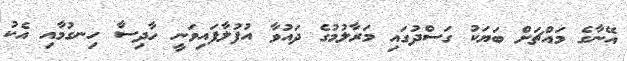
އޭނާގެ މައްޗަށް ބަޔަކު ގަސްދުގައި މަރާލުމުގެ ދައުވާ އުފުލާފައިވަނީ ހާދިސާ ހިނގުމާއި އެކު